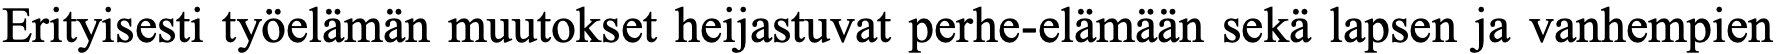
Erityisesti työelämän muutokset heijastuvat perhe-elämään sekä lapsen ja vanhempien